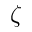
\zeta